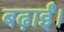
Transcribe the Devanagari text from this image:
बढ़ाईं।